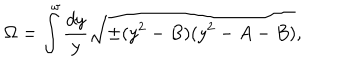
\Omega = \int _ { } ^ { \omega } { \frac { d y } { y } } \sqrt { \pm ( y ^ { 2 } - B ) ( y ^ { 2 } - A - B ) } ,